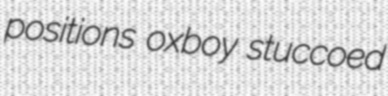
positions oxboy stuccoed